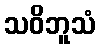
သဝိဘူသံ